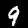
Digit: 9